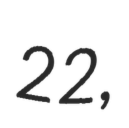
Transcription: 22,